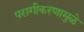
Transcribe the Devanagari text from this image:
परागीकरणामुळे